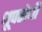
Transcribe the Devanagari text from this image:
धूपरोधी